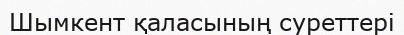
Шымкент қаласының суреттері